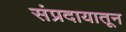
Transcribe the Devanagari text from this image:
संप्रदायातून